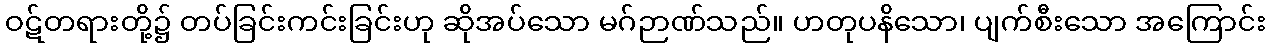
ဝဋ်တရားတို့၌ တပ်ခြင်းကင်းခြင်းဟု ဆိုအပ်သော မဂ်ဉာဏ်သည်။ ဟတုပနိသော၊ ပျက်စီးသော အကြောင်း